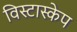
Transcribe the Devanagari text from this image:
विस्टास्केप